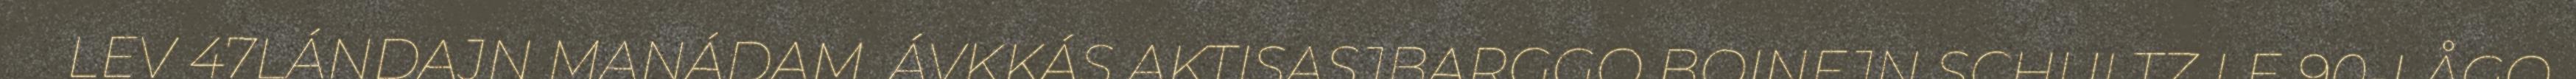
LEV 47LÁNDAJN MANÁDAM. ÁVKKÁS AKTISASJBARGGO BOINEJN SCHULTZ LE 90-LÅGO